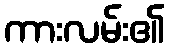
ကားလမ်း၏